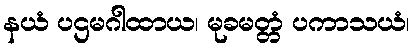
နယံ ပဌမဂါထာယ၊ မုခမတ္တံ ပကာသယံ၊